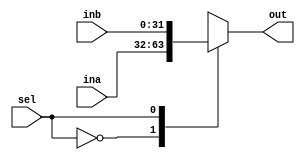
//////////////////////////////////////////MUX_2_1_MODULE/////////////////////////////////////////////////////
module mux2_1(input[31:0] ina,inb, input sel, 
              output [31:0] out);
   reg[31:0] outval;
   always@(*) begin
          case(sel)
               'b0 : outval <= ina;
               'b1 : outval <= inb;
          endcase
   end
   assign out = outval;
endmodule
//////////////////////////////////////////////////////////////////////////////////////////////////////////////

/////////////////////////////////////////PC_MODULE///////////////////////////////////////////////////////////////
module PC(input clk,res,write, 
          input [31:0] in, 
          output reg [31:0] out);
          
   always@(clk)begin
        if(res)
           out <= 32'b0;
        else if(write)
           out <= in;
   end
endmodule
//////////////////////////////////////////////////////////////////////////////////////////////////////////////

///////////////////////////////////////INSTRUCTION_MEMORY/////////////////////////////////////////////////////
module instruction_memory(input [9:0] address, 
                          output reg[31:0] instruction);
  reg [31:0] codeMemory [0:1023];
  reg[7:0] index;
  initial begin
        $readmemb("code.mem", codeMemory);
  end
  always@(address)begin
    index = address[9:2];
    instruction = codeMemory[index];
  end
endmodule
//////////////////////////////////////////////////////////////////////////////////////////////////////////////

////////////////////////////////////////////ADDER_MODULE//////////////////////////////////////////////////////
module adder(input [31:0] ina,inb, 
             output reg[31:0] out);
      always@(*)
        out = ina + inb;
endmodule
//////////////////////////////////////////////////////////////////////////////////////////////////////////////

//////////////////////////////////////////////IF//////////////////////////////////////////////////////////////
module IF (input clk,reset,PCSrc,PC_write, 
           input [31:0] PC_Branch, 
           output [31:0] PC_IF, INSTRUCTION_IF);
    wire [31:0] mux_out;
    wire[31:0] PC_ADDR;
    
          
    mux2_1 mux(PC_ADDR,PC_Branch,PCSrc,mux_out);
    PC pc(clk,reset,PC_write,mux_out,PC_IF);
    adder add(PC_IF,4,PC_ADDR);       
    instruction_memory in_mem(PC_IF[9:0],INSTRUCTION_IF);
       
endmodule
//////////////////////////////////////////////////////////////////////////////////////////////////////////////



///////////////////////////////////REGISTER_FILE_MODULE///////////////////////////////////////////////////////
module registers(input clk,reg_write,
                 input [4:0] read_reg1,read_reg2,write_reg,
                 input [31:0] write_data,
                 output [31:0] read_data1,read_data2);
      
      reg[31:0] registers[31:0];
      reg[31:0] read1,read2;
      integer i;         
      initial begin
          for(i = 0; i < 32; i=i+1) begin
              registers[i] = i;
          end
      end
      
      always@(posedge clk) begin
            if(reg_write && (write_reg != 0))
               registers[write_reg] = write_data;
      end
      
      always@(read_reg1) begin
             read1 <= registers[read_reg1];
      end
      always@(read_reg2) begin 
             read2 <= registers[read_reg2];
      end
      
      assign read_data1 = read1;
      assign read_data2 = read2;             

endmodule
//////////////////////////////////////////////////////////////////////////////////////////////////////////////



//////////////////////////////////////////IMM_GEN_MODULE/////////////////////////////////////////////////////
module imm_gen(input [31:0] in,
               output reg [31:0] out);
       always@(*) begin
          case(in[6:0]) 
                 7'b1100011 : //branch instructions
                 begin 
                    out[31:12] <= in[31];
                    out[11] <= in[7];
                    out[10:5]  <= in[30:25];
                    out[4:1]   <= in[11:8];
                    out[0]     <= 0;               
                 end            
                 7'b0100011 : //sw
                 begin
                    out[31:11] <= in[31];
                    out[10:5]  <= in[30:25];
                    out[4:1]   <= in[11:8];
                    out[0]     <= in[7];        
                 end         
                 7'b0000011:   //I type
                 begin
                    out[31:11] <= in[31];
                    out[10:5]  <= in[30:25];
                    out[4:1]   <= in[24:21];
                    out[0]     <= in[20]; 
                 end
                 7'b0010011:
                 begin
                    out[31:11] <= in[31];
                    out[10:5]  <= in[30:25];
                    out[4:1]   <= in[24:21];
                    out[0]     <= in[20]; 
                 end
                 default : out <= 32'b0;
          endcase
       end
  
endmodule
//////////////////////////////////////////////////////////////////////////////////////////////////////////////



//////////////////////////////////////////////ID_MODULE////////////////////////////////////////////////////////
module ID(input clk,
          input [31:0] PC_ID,INSTRUCTION_ID,
          input RegWrite_WB,
          input [31:0] ALU_DATA_WB,
          input [4:0] RD_WB,
          output [31:0] IMM_ID,
          output [31:0] REG_DATA1_ID,REG_DATA2_ID,
          output [2:0] FUNCT3_ID,
          output [6:0] FUNCT7_ID,
          output [6:0] OPCODE_ID,
          output [4:0] RD_ID,
          output [4:0] RS1_ID,
          output [4:0] RS2_ID);
          
          
     assign OPCODE_ID = INSTRUCTION_ID[6:0];
     assign RD_ID = INSTRUCTION_ID[11:7];
     assign FUNCT3_ID = INSTRUCTION_ID[14:12];
     assign RS1_ID = INSTRUCTION_ID[19:15];
     assign RS2_ID = INSTRUCTION_ID[24:20];
     assign FUNCT7_ID = INSTRUCTION_ID[31:25];
     
     registers reg_file(clk, RegWrite_WB,
                RS1_ID, RS2_ID, RD_WB,
                ALU_DATA_WB, REG_DATA1_ID, REG_DATA2_ID);
     
     imm_gen imm(INSTRUCTION_ID,IMM_ID);           
 
endmodule
//////////////////////////////////////////////////////////////////////////////////////////////////////////////



////////////////////////////////////////PIPELINE_REG_MODULES///////////////////////////////////////////////////
module IF_ID_reg(input clk,reset,write,
                 input [31:0] pc_in,instruction_in,
                 output reg [31:0] pc_out,instruction_out);
                 
        always@(clk)begin
            if(reset)begin
                pc_out <= 32'b0;
                instruction_out <= 32'b0;
            end
            else if(write) begin
                 pc_out <= pc_in;
                 instruction_out <= instruction_in;
            end
         end
endmodule
//////////////////////////////////////////////////////////////////////////////////////////////////////////////



/////////////////////////////////////////////RISC_V_IF_ID/////////////////////////////////////////////////////
module RISC_V_IF_ID(input clk,reset,
                    input IF_ID_write, PCSrc, PC_write,
                    input [31:0] PC_Branch,
                    input RegWrite_WB,
                    input [31:0] ALU_DATA_WB,
                    input [4:0] RD_WB,
                    output [31:0] PC_ID, INSTRUCTION_ID, IMM_ID, REG_DATA1_ID, REG_DATA2_ID,
                    output [2:0] FUNCT3_ID,
                    output [6:0] FUNCT7_ID, OPCODE_ID,
                    output [4:0] RD_ID, RS1_ID, RS2_ID);
      wire[31:0] PC_IF, INSTRUCTION_IF;
      
      IF fetch(clk,reset,PCSrc,PC_write,PC_Branch, 
             PC_IF, INSTRUCTION_IF);
         
      IF_ID_reg pipe_if_id(clk,reset,IF_ID_write,
                PC_IF,INSTRUCTION_IF,
                PC_ID,INSTRUCTION_ID);
                
      ID decode( clk,
          PC_ID,INSTRUCTION_ID,
          RegWrite_WB,
          ALU_DATA_WB,
          RD_WB,
          IMM_ID,
          REG_DATA1_ID,REG_DATA2_ID,
          FUNCT3_ID,
          FUNCT7_ID,
          OPCODE_ID,
          RD_ID,
          RS1_ID,
          RS2_ID);


endmodule
//////////////////////////////////////////////////////////////////////////////////////////////////////////////